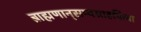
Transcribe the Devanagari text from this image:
ब्राह्मणान्‌सम्यग्राहयित्वा